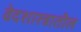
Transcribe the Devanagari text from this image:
वेदशास्त्रातील